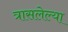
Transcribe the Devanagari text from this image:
त्रासलेल्या